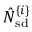
\hat { N } _ { \mathrm { s d } } ^ { \{ i \} }